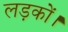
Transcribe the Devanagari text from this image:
लड़कों।